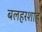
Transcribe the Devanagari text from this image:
बलहरशाह